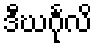
ဒီဃင်္ဂုလိ